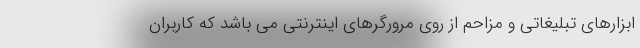
ابزارهای تبلیغاتی و مزاحم از روی مرورگرهای اینترنتی می باشد که کاربران